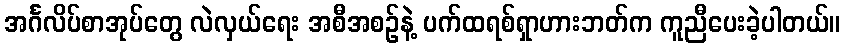
အင်္ဂလိပ်စာအုပ်တွေ လဲလှယ်ရေး အစီအစဉ်နဲ့ ပက်ထရစ်ရှာဟားဘတ်က ကူညီပေးခဲ့ပါတယ်။